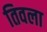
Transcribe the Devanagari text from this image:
तिवला